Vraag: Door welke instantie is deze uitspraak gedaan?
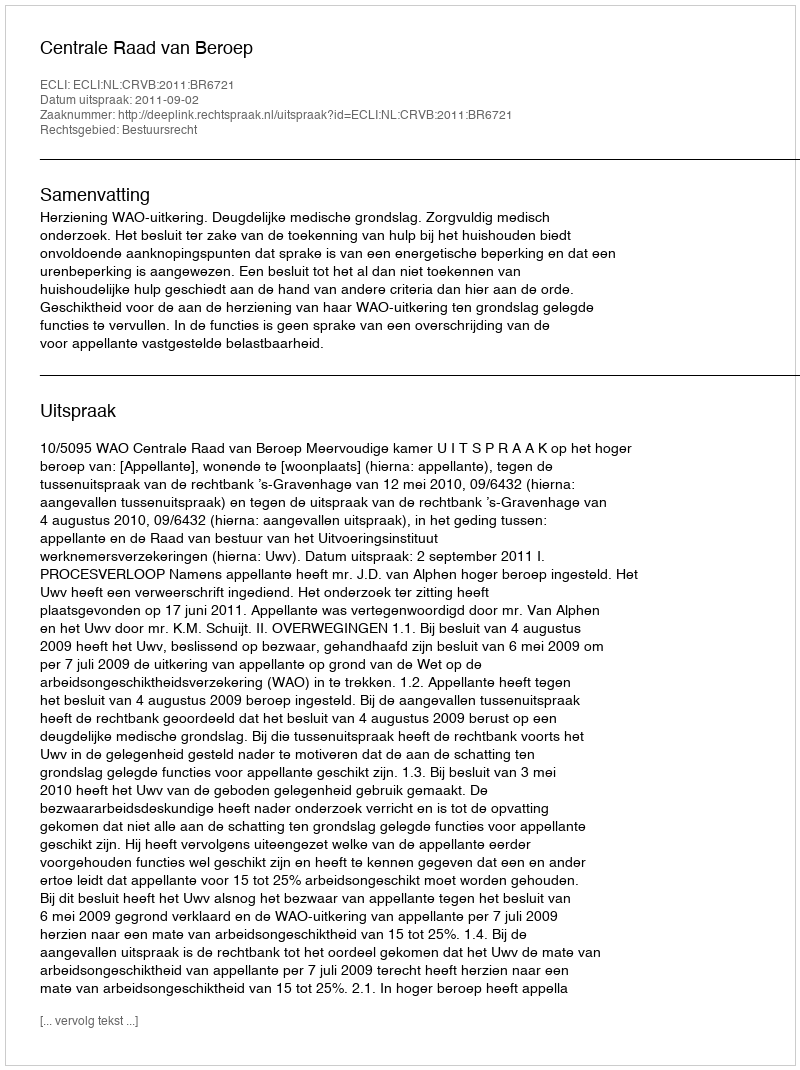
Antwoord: Centrale Raad van Beroep